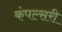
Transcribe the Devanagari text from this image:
कंपल्सरी